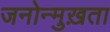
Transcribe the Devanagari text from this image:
जनोन्मुख़ता